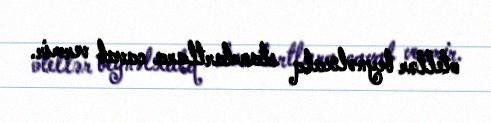
otellər beynəlxalq standartlara cavab vermir.